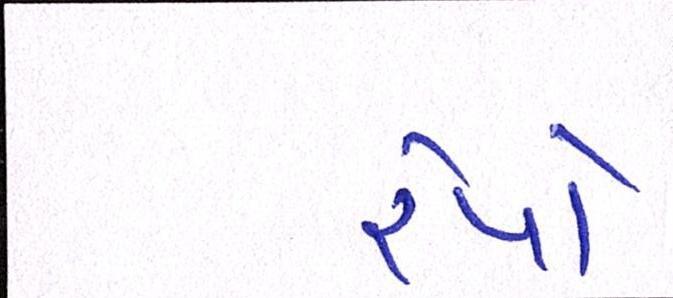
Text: રેપો